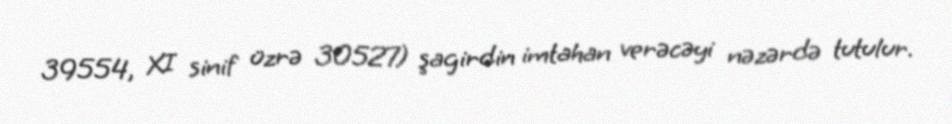
39554, XI sinif üzrə 30527) şagirdin imtahan verəcəyi nəzərdə tutulur.